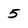
Character: 5